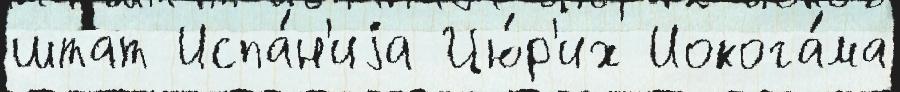
штат Испа́н'иjа Цю́р'их Иокога́ма